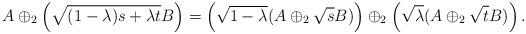
LaTeX: \begin{align*}A\oplus_2\left(\sqrt{(1-\lambda) s+\lambda t}B\right)=\left(\sqrt{1-\lambda}(A\oplus_2\sqrt{s}B)\right)\oplus_2\left(\sqrt{\lambda}(A\oplus_2\sqrt{t}B)\right).\end{align*}